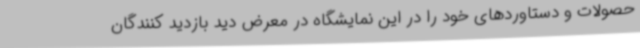
حصولات و دستاوردهای خود را در این نمایشگاه در معرض دید بازدید کنندگان